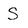
Character: S